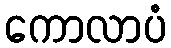
ကောလာပံ